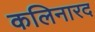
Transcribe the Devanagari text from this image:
कलिनारद